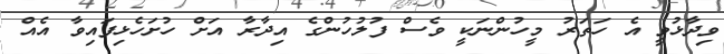
ވިދާޅުވީ އެ ހަތަރު މީހުންނަކީ ވެސް ފުލުހުންގެ އިދާރާ އަށް ހުށަހެޅިފައިވާ އެއް